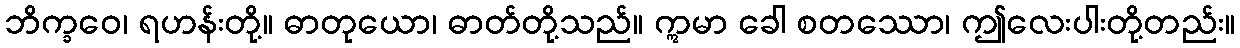
ဘိက္ခဝေ၊ ရဟန်းတို့။ ဓာတုယော၊ ဓာတ်တို့သည်။ ဣမာ ခေါ စတဿော၊ ဤလေးပါးတို့တည်း။